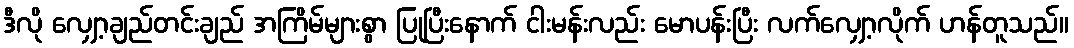
ဒီလို လျှော့ချည်တင်းချည် အကြိမ်များစွာ ပြုပြီးနောက် ငါးမန်းလည်း မောပန်းပြီး လက်လျှော့လိုက် ဟန်တူသည်။